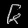
Digit: ၆